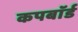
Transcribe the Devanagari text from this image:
कपबाॅर्ड